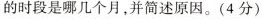
的时段是哪几个月，并简述原因。